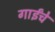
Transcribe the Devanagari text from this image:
गाईंचे